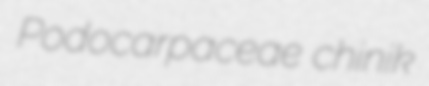
Podocarpaceae chinik